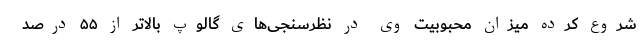
شروع کرده میزان محبوبیت وی در نظرسنجی‌های گالوپ بالاتر از ۵۵ درصد